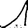
Digit: 1